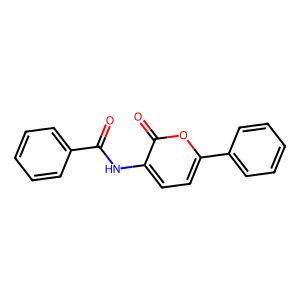
SMILES: O=C(Nc1ccc(-c2ccccc2)oc1=O)c1ccccc1
Inhibits HIV replication: No